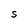
Character: S